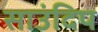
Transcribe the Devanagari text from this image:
साउंदिप